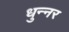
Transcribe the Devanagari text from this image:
धुन्नर